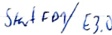
Text: Start FD1/ E3.0